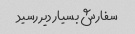
سفارش بسیار دیر رسید